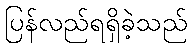
ပြန်လည်ရရှိခဲ့သည်